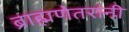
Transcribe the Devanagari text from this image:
ब्राह्मणेतरांनी